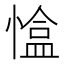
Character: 𢠏